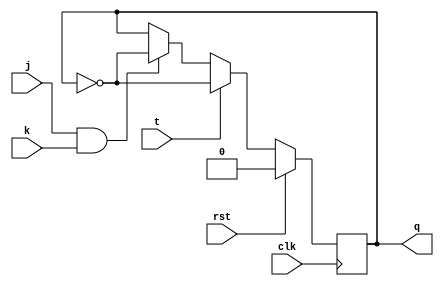
module t_flip_flop (
    input wire clk, // clock input
    input wire rst, // reset input
    input wire j, // J input
    input wire k, // K input
    input wire t, // T input
    output reg q // output Q
);

always @(posedge clk) begin
    if (rst) begin
        q <= 1'b0; // initialize Q to low on reset
    end else if (t) begin
        q <= ~q; // toggle Q on T high
    end else if (j && k) begin
        q <= ~q; // behave like JK flip-flop on both J and K high
    end
end

endmodule